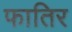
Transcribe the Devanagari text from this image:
फातिर